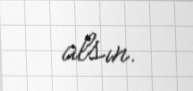
alsın.